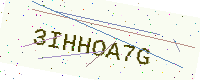
Text: 3IHHOA7G